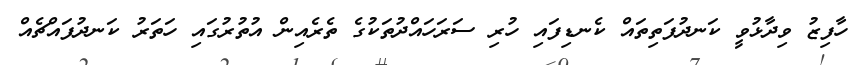
ހާފިޒު ވިދާޅުވީ ކަނދުފަތިތައް ކެނޑިފައި ހުރި ސަރަަހައްދުތަކުގެ ތެރެއިން އުތުރުގައި ހަތަރު ކަނދުފައްޗެއް